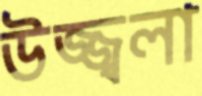
উজ্জ্বলা